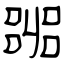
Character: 嘂